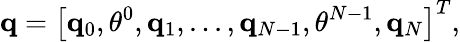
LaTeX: \mathbf q=\left[\mathbf q_{0},\theta^{0},\mathbf q_{1},...,\mathbf q_{N-1},\theta^{N-1},\mathbf q_{N}\right]^{T},